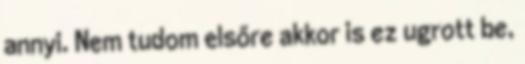
annyi. Nem tudom elsőre akkor is ez ugrott be,